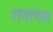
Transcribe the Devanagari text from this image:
रागांगल